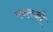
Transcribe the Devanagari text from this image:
पन्तजी